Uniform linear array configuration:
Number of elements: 4
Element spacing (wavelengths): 0.75
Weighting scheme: exponential
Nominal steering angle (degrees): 15
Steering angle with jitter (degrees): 14.324
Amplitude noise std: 0.05
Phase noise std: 0.05

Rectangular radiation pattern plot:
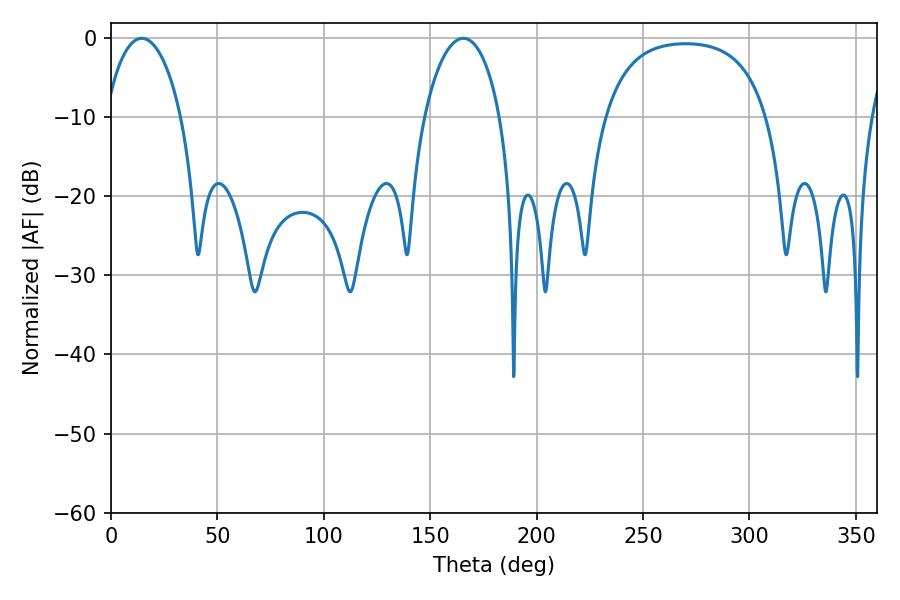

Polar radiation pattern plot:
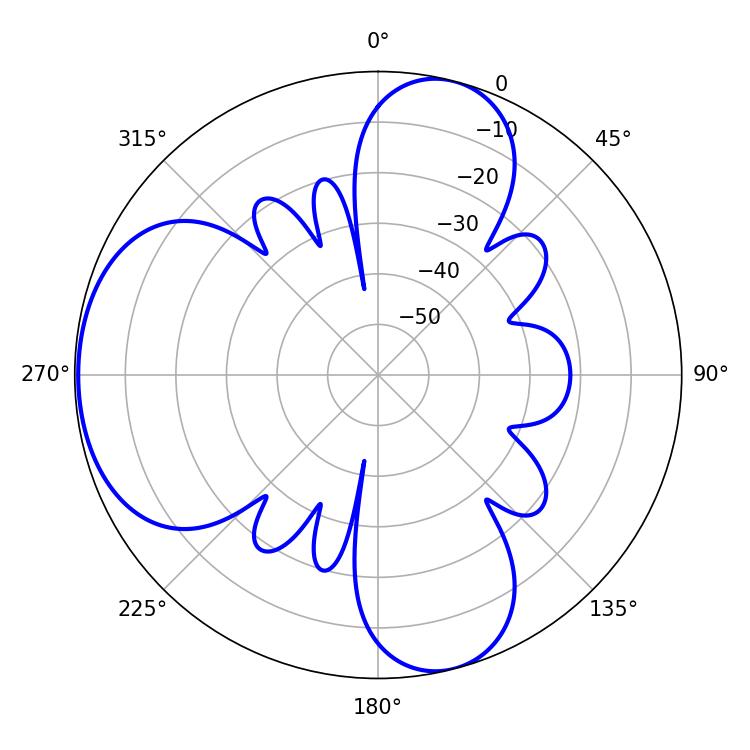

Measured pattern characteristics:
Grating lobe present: TRUE
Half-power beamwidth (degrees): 20.34
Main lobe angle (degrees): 14.4